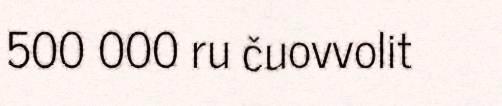
500 000 ru čuovvolit